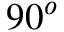
9 0 ^ { o }